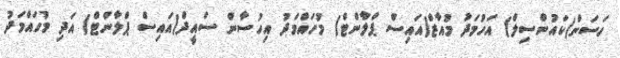
ހަސަން(ކައުންސިލް) އަހުމަދު މުއާޒް(އައިސް ޕްލާންޓް) މުހައްމަދު އިހުސާން ސައީދް(އައިސް ޕްލާންޓް) އަދި މުހައްމަދު